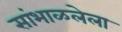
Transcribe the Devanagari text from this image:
सांभाळलेला